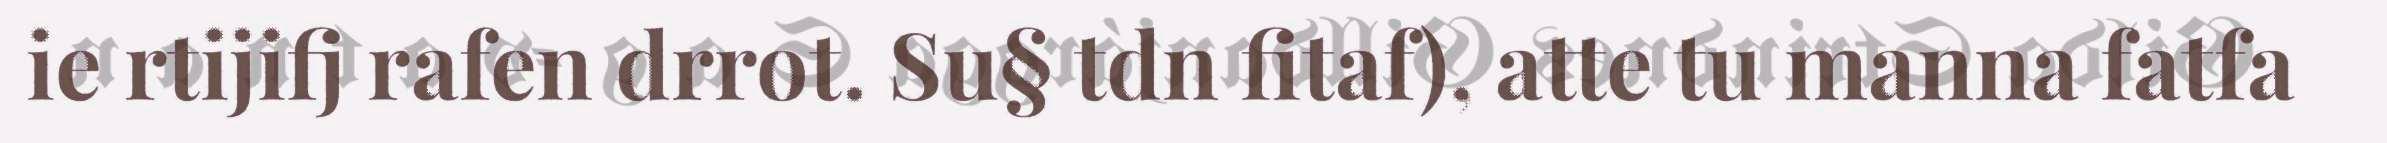
ie rtijifj rafen drrot. Su§ tdn fitaf), atte tu manna fatfa